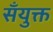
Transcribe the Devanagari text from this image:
सँयुक्त